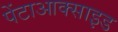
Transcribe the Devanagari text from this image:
पेंटाआक्साइड